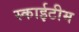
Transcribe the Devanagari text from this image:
स्‍काईटीम